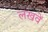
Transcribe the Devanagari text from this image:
लखवें